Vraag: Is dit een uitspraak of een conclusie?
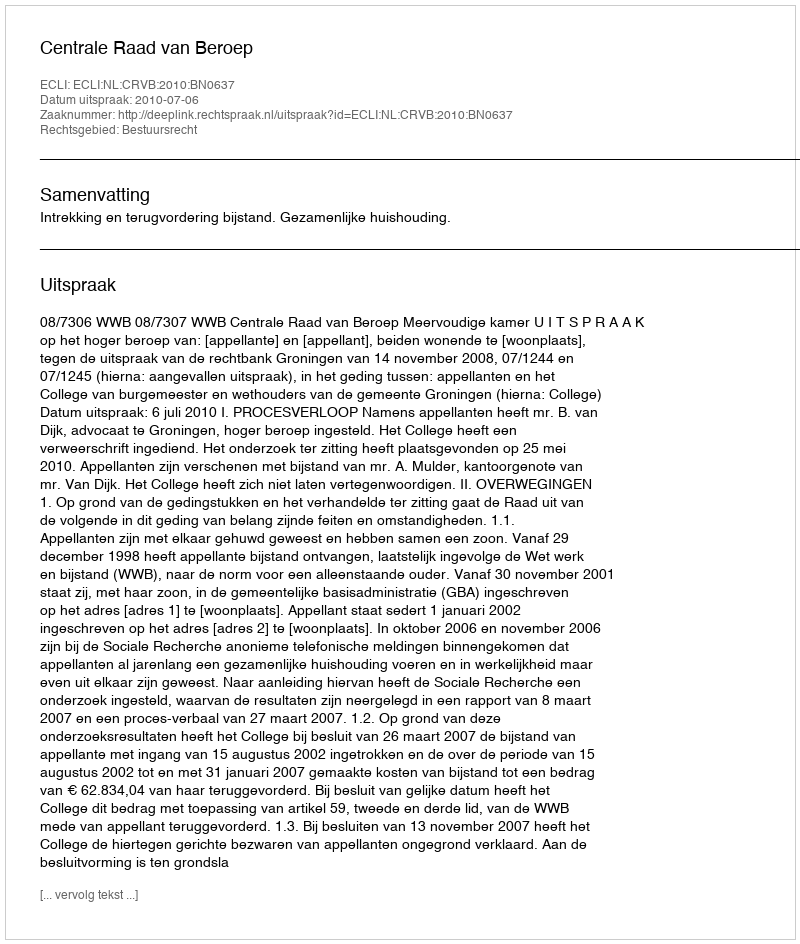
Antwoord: Uitspraak